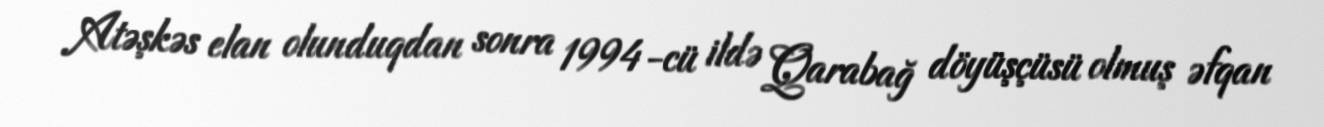
Atəşkəs elan olunduqdan sonra 1994-cü ildə Qarabağ döyüşçüsü olmuş əfqan